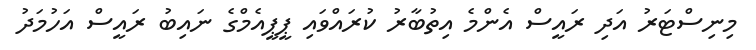
މިނިސްޓަރު އަދި ރައީސް އެންމެ އިތުބާރު ކުރައްވައި ޕީޕީއެމްގެ ނައިބު ރައީސް އަހުމަދު